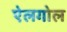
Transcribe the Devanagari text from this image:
ऐलगोल